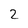
Character: 2